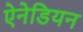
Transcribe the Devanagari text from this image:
ऐनेडियन